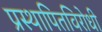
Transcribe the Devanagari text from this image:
प्रस्थापितविरोधी